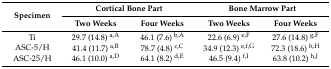
<table><thead><tr><td rowspan="2"><b>Specimen</b></td><td colspan="2"><b>Cortical Bone Part</b></td><td colspan="2"><b>Bone Marrow Part</b></td></tr><tr><td><b>Two Weeks</b></td><td><b>Four Weeks</b></td><td><b>Two Weeks</b></td><td><b>Four Weeks</b></td></tr></thead><tbody><tr><td>Ti</td><td>29.7 (14.8) <sup>a,A</sup></td><td>46.1 (7.6) <sup>b,A</sup></td><td>22.6 (6.9) <sup>e,F</sup></td><td>27.6 (14.8) <sup>g,F</sup></td></tr><tr><td>ASC-5/H</td><td>41.4 (11.7) <sup>a,B</sup></td><td>78.7 (4.8) <sup>c,C</sup></td><td>34.9 (12.3) <sup>e,f,G</sup></td><td>72.3 (18.6) <sup>h,H</sup></td></tr><tr><td>ASC-25/H</td><td>46.1 (10.0) <sup>a,D</sup></td><td>64.1 (8.2) <sup>d,E</sup></td><td>46.5 (9.4) <sup>f,I</sup></td><td>63.8 (10.2) <sup>h,J</sup></td></tr></tbody></table>